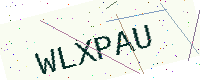
Text: WLXPAU